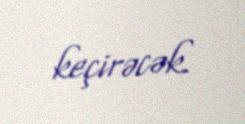
keçirəcək.